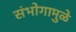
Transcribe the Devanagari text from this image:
संभोगामुळे